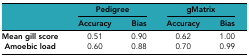
|  | <COLSPAN=2> Pedigree | <COLSPAN=2> gMatrix |
 |  | Accuracy | Bias | Accuracy | Bias |
 | --- | --- | --- | --- | --- |
 | Mean gill score | 0.51 | 0.90 | 0.62 | 1.00 |
 | Amoebic load | 0.60 | 0.88 | 0.70 | 0.99 |